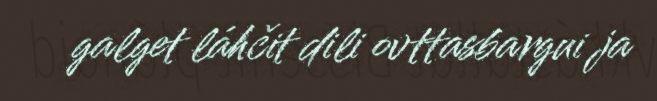
galget láhčit dili ovttasbargui ja